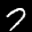
Label: 7